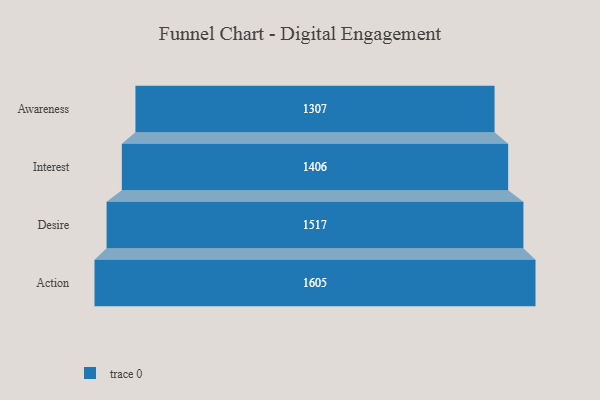
{"axis": {"x": "Stage", "y": "Value"}, "legend": [""], "data": [{"x": "Awareness", "y": 1307.0, "type": ""}, {"x": "Interest", "y": 1406.0, "type": ""}, {"x": "Desire", "y": 1517.0, "type": ""}, {"x": "Action", "y": 1605.0, "type": ""}]}